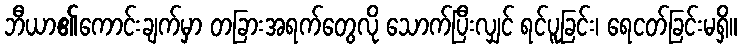
ဘီယာ၏ကောင်းချက်မှာ တခြားအရက်တွေလို သောက်ပြီးလျှင် ရင်ပူခြင်း၊ ရေငတ်ခြင်းမရှိ။